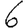
Digit: 6